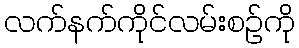
လက်နက်ကိုင်လမ်းစဉ်ကို